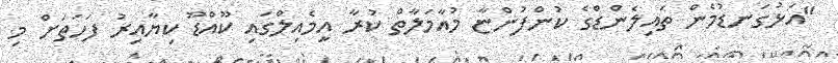
"އަޅުގަނޑުމެން ތައިލެންޑްގެ ކުންފުންޏާ މުއާމަލާތް ކުރާ އީމެއިލްގައި ކޫއްޑޫ ކިޔާއިރު ފަހަތަށް މި